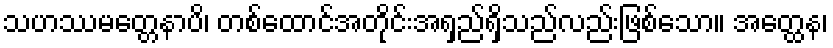
သဟဿမတ္တေနာပိ၊ တစ်ထောင်အတိုင်းအရှည်ရှိသည်လည်းဖြစ်သော။ အတ္ထေန၊